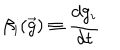
\beta _ { i } ( \vec { g } ) \equiv \frac { d g _ { i } } { d t }